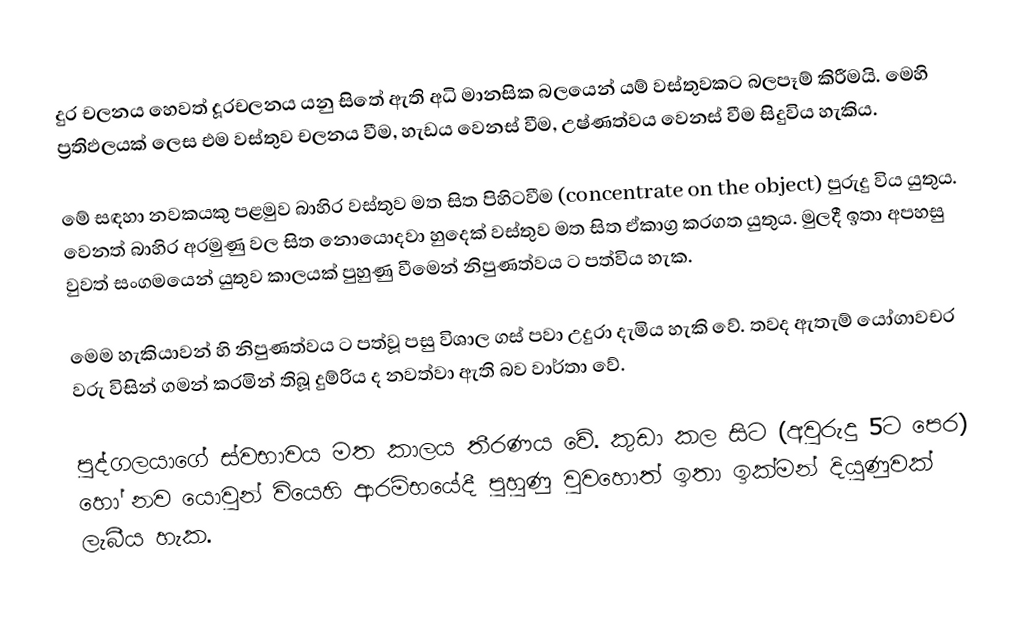
දුර චලනය හෙවත් දූරචලනය යනු සිතේ ඇති අධි මානසික බලයෙන් යම් වස්තුවකට බලපෑම් කිරීමයි. මෙහි ප්‍රතිඵලයක් ලෙස එම වස්තුව චලනය වීම, හැඩය වෙනස් වීම, උෂ්ණත්වය වෙනස් වීම සිදුවිය හැකිය.

මේ සඳහා නවකයකු පළමුව බාහිර වස්තුව මත සිත පිහිටවීම (concentrate on the object) පුරුදු විය යුතුය. වෙනත් බාහිර අරමුණු වල සිත නොයොදවා හුදෙක් වස්තුව මත සිත ඒකාග්‍ර කරගත යුතුය. මුලදී ඉතා අපහසු වුවත් සංගමයෙන් යුතුව කාලයක් පුහුණු වීමෙන් නිපුණත්වය ට පත්විය හැක.

මෙම හැකියාවන් හි නිපුණත්වය ට පත්වූ පසු විශාල ගස් පවා උදුරා දැමිය හැකි වේ. තවද ඇතැම් යෝගාවචර වරු විසින් ගමන් කරමින් තිබූ දුම්රිය ද නවත්වා ඇති බව වාර්තා වේ.

පුද්ගලයාගේ ස්වභාවය මත කාලය තීරණය වේ. කුඩා කල සිට (අවුරුදු 5ට පෙර) හෝ නව යොවුන් වියෙහි ආරම්භයේදී පුහුණු වුවහොත් ඉතා ඉක්මන් දියුණුවක් ලැබීය හැක.